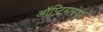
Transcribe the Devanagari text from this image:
ऑप्टिमाइझर